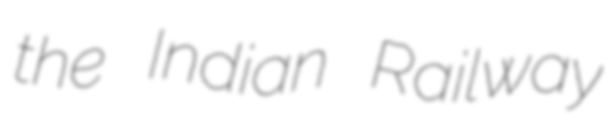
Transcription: the Indian Railway